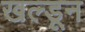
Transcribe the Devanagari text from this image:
खल्डून